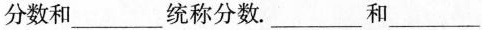
分数和___统称分数。___和___